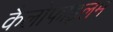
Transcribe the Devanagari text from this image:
कैलोफाइलम